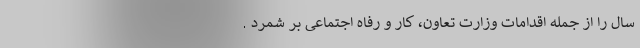
سال را از جمله اقدامات وزارت تعاون، کار و رفاه اجتماعی بر شمرد .